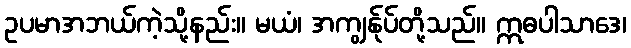
ဥပမာအဘယ်ကဲ့သို့နည်း။ မယံ၊ အကျွန်ုပ်တို့သည်။ ဣဓပါသာဒေ၊